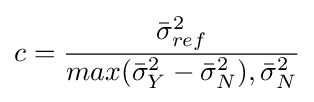
c={{\bar {\sigma }}_{ref}^{2} \over max{({\bar {\sigma }}_{Y}^{2}}-{\bar {\sigma }}_{N}^{2}),{\bar {\sigma }}_{N}^{2}}